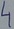
Text: 4